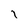
Character: 1